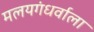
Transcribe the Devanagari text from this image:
मलयगंधर्वाला